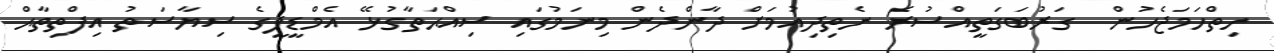
ހިތްހަމަޖެހުން  ގަރުބަގަތީއްސުރެ ނެތިދިއުމަށް ދާންދެން މިނަމުގައި ސިއްޙަތާގުޅޭ އެމްޑީޕީގެ ސިޔާސަތު އިފްތިތާޙް